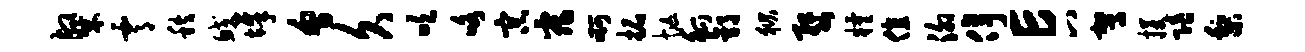
粲霄秩鲛墀会久吹咯宗霏啊拓忙觚郭狱婺粮值泖停E八驾攫陪梨